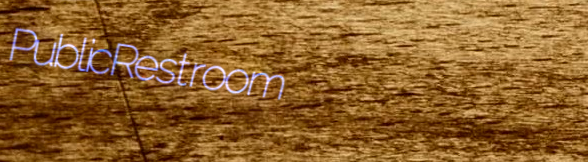
PublicRestroom